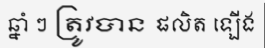
ឆ្នាំ ៗ ត្រូវបាន ផលិត ឡើង